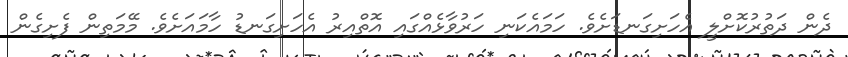
ދެން ދަތުރުކޮށްލީ އެހަށިގަނޑަށެވެ. ހަމައެކަނި ހަރުވާޅެއްގައި އޮތްއިރު އެހަށިގަނޑު ހާމައަށެވެ. މޭމަތިން ފެށިގެން